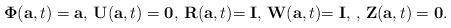
LaTeX: \begin{gather*}\boldsymbol{\Phi} (\mathbf{a},t)=\mathbf{a}, \,\mathbf{U}(\mathbf{a},t)=\mathbf{0}, \, \mathbf{R}(\mathbf{a},t)\mathbf{=I}, \, \mathbf{ W}(\mathbf{a},t)\mathbf{=I,\ }, \, \mathbf{Z}(\mathbf{a},t)=\mathbf{0.}\end{gather*}